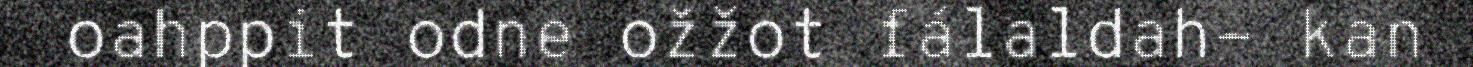
oahppit odne ožžot fálaldah- kan